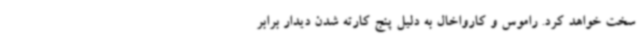
سخت خواهد کرد. راموس و کارواخال به دلیل پنج کارته شدن دیدار برابر